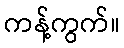
ကန့်ကွက်။